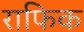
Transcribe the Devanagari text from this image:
राफिक